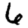
Digit: 6